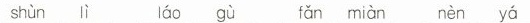
shun li lao gu lan mian nen ya